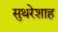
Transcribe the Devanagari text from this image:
सुथरेशाह